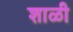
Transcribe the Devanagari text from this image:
शाळी